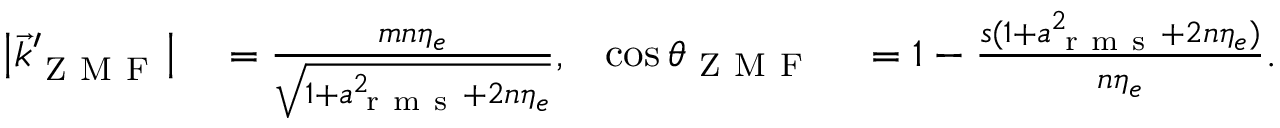
\begin{array} { r l r l } { { \left| { \vec { k } _ { \mathrm { ~ Z ~ M ~ F ~ } } ^ { \prime } } \right| } } & { { } = \frac { m n \eta _ { e } } { \sqrt { 1 + a _ { \mathrm { ~ r ~ m ~ s ~ } } ^ { 2 } + 2 n \eta _ { e } } } , } & { \cos \theta _ { \mathrm { ~ Z ~ M ~ F ~ } } } & { { } = 1 - \frac { s ( 1 + a _ { \mathrm { ~ r ~ m ~ s ~ } } ^ { 2 } + 2 n \eta _ { e } ) } { n \eta _ { e } } . } \end{array}